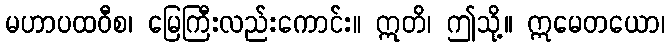
မဟာပထဝီစ၊ မြေကြီးလည်းကောင်း။ ဣတိ၊ ဤသို့။ ဣမေတယော၊